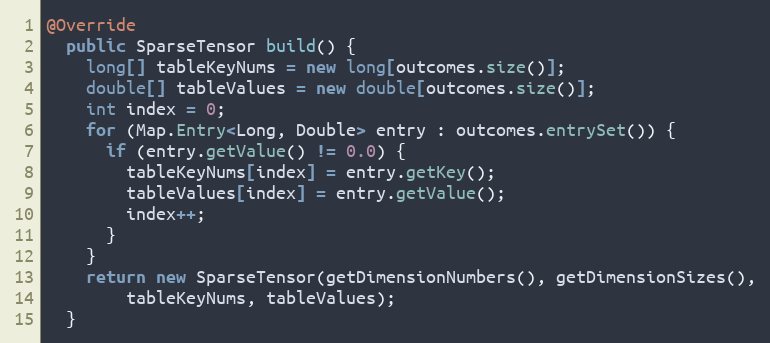
Language: Java
@Override
  public SparseTensor build() {
    long[] tableKeyNums = new long[outcomes.size()];
    double[] tableValues = new double[outcomes.size()];
    int index = 0;
    for (Map.Entry<Long, Double> entry : outcomes.entrySet()) {
      if (entry.getValue() != 0.0) {
        tableKeyNums[index] = entry.getKey();
        tableValues[index] = entry.getValue();
        index++;
      }
    }
    return new SparseTensor(getDimensionNumbers(), getDimensionSizes(),
        tableKeyNums, tableValues);
  }